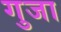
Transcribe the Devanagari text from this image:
गुजा